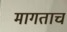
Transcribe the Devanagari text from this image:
मागताच